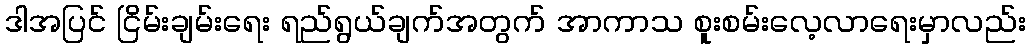
ဒါအပြင် ငြိမ်းချမ်းရေး ရည်ရွယ်ချက်အတွက် အာကာသ စူးစမ်းလေ့လာရေးမှာလည်း